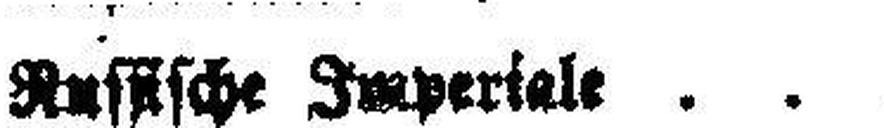
Russische Imperiale